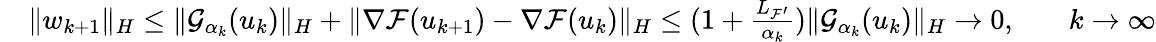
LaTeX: \begin{array}{rlrl}&{\| w_{k+1}\| _{H}\leq\| {\mathcal{G}}_{\alpha_{k}}(u_{k})\| _{H}+\| {\nabla{\mathcal{F}}}(u_{k+1})-{\nabla{\mathcal{F}}}(u_{k})\| _{H}\leq(1+\frac{{L_{{\mathcal{F}}^{\prime}}}}{\alpha_{k}})\| {\mathcal{G}}_{\alpha_{k}}(u_{k})\| _{H}\to 0,}&&{k\to\infty}\end{array}